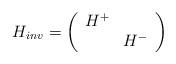
LaTeX: \begin{align*}H_{inv} = \left( \begin{array}{cc} H^+ & \mbox{} \\\mbox{} & H^- \end{array} \right)\end{align*}